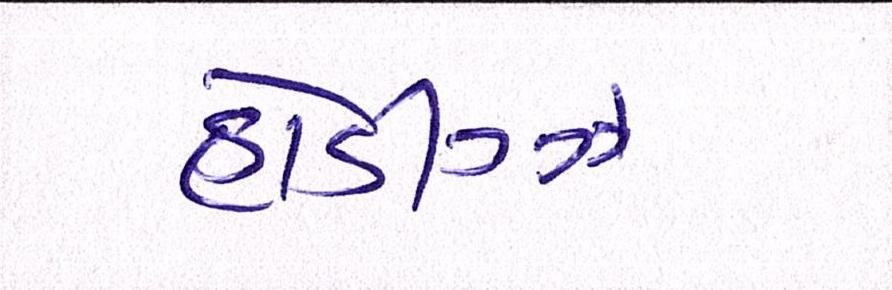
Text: હોડીગ્ઝ